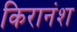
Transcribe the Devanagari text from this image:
किरानंश